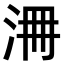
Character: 𣳷